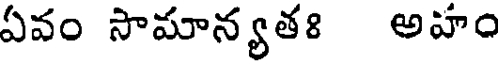
ఏవం సామాన్యతః అహం